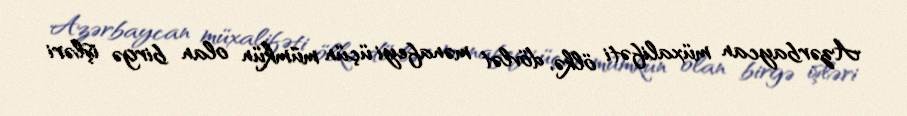
Azərbaycan müxalifəti ölkə, dövlət mənafeyi üçün mümkün olan birgə işləri